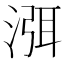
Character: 渳